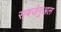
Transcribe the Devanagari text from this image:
सबजेनुअल